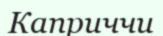
Каприччи